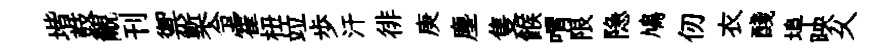
堦鼓覼刊禦槧令霍杻竝歩汗徘庚塵隻餱喟限隐鳩仞衣醆埠映乆